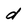
Character: d